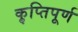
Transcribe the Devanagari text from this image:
कॢप्तिपूर्ण